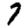
Digit: 7